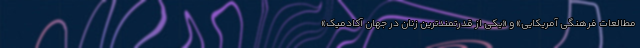
مطالعات فرهنگی آمریکایی» و «یکی از قدرتمندترین زنان در جهان آکادمیک»